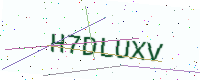
Text: H7DLUXV